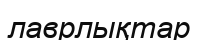
лаврлықтар